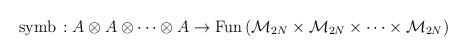
LaTeX: \begin{align*}{\rm symb} \, : A \otimes A \otimes \cdots \otimes A\rightarrow {\rm Fun}\, ({\cal M}_{2N} \times {\cal M}_{2N}\times \cdots \times {\cal M}_{2N})\end{align*}